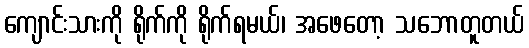
ကျောင်းသားကို ရိုက်ကို ရိုက်ရမယ်၊ အဖေတော့ သဘောတူတယ်